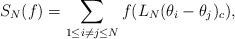
LaTeX: \begin{align*} S_N(f)=\sum_{1\leq i\neq j\leq N} f(L_N\*(\theta_i-\theta_j)_c), \end{align*}